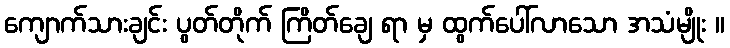
ကျောက်သားချင်း ပွတ်တိုက် ကြိတ်ချေ ရာ မှ ထွက်ပေါ်လာသော အသံမျိုး ။